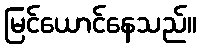
မြင်ယောင်နေသည်။